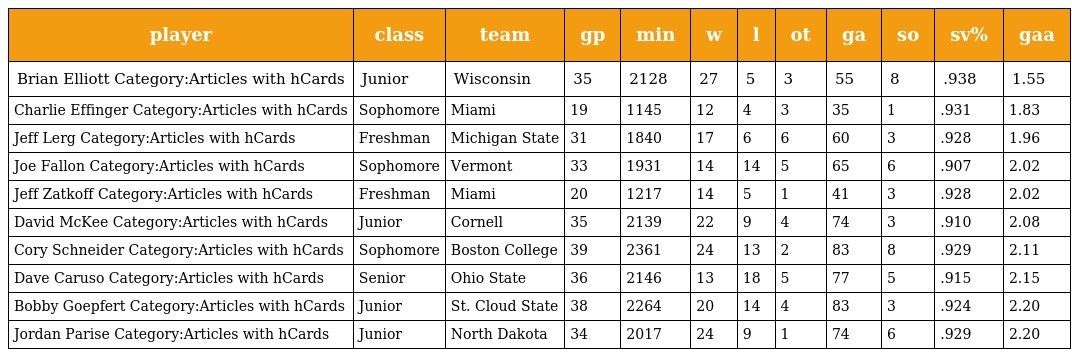
| player | class | team | gp | min | w | l | ot | ga | so | sv% | gaa |
 | --- | --- | --- | --- | --- | --- | --- | --- | --- | --- | --- | --- |
 | Brian Elliott Category:Articles with hCards | Junior | Wisconsin | 35 | 2128 | 27 | 5 | 3 | 55 | 8 | .938 | 1.55 |
 | Charlie Effinger Category:Articles with hCards | Sophomore | Miami | 19 | 1145 | 12 | 4 | 3 | 35 | 1 | .931 | 1.83 |
 | Jeff Lerg Category:Articles with hCards | Freshman | Michigan State | 31 | 1840 | 17 | 6 | 6 | 60 | 3 | .928 | 1.96 |
 | Joe Fallon Category:Articles with hCards | Sophomore | Vermont | 33 | 1931 | 14 | 14 | 5 | 65 | 6 | .907 | 2.02 |
 | Jeff Zatkoff Category:Articles with hCards | Freshman | Miami | 20 | 1217 | 14 | 5 | 1 | 41 | 3 | .928 | 2.02 |
 | David McKee Category:Articles with hCards | Junior | Cornell | 35 | 2139 | 22 | 9 | 4 | 74 | 3 | .910 | 2.08 |
 | Cory Schneider Category:Articles with hCards | Sophomore | Boston College | 39 | 2361 | 24 | 13 | 2 | 83 | 8 | .929 | 2.11 |
 | Dave Caruso Category:Articles with hCards | Senior | Ohio State | 36 | 2146 | 13 | 18 | 5 | 77 | 5 | .915 | 2.15 |
 | Bobby Goepfert Category:Articles with hCards | Junior | St. Cloud State | 38 | 2264 | 20 | 14 | 4 | 83 | 3 | .924 | 2.20 |
 | Jordan Parise Category:Articles with hCards | Junior | North Dakota | 34 | 2017 | 24 | 9 | 1 | 74 | 6 | .929 | 2.20 |